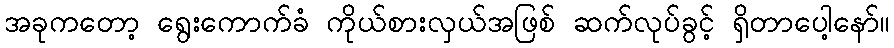
အခုကတော့ ရွေးကောက်ခံ ကိုယ်စားလှယ်အဖြစ် ဆက်လုပ်ခွင့် ရှိတာပေါ့နော်။